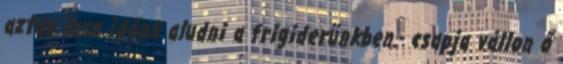
aztán lesz időnk aludni a frigiderünkben.- csapja vállon ő